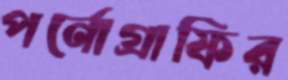
পর্নোগ্রাফির